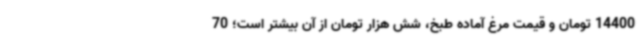
14400 تومان و قیمت مرغ آماده طبخ، شش هزار تومان از آن بیشتر است؛ 70